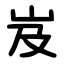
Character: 岌